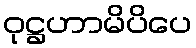
ဝုဋ္ဌဟာမိပိပေ